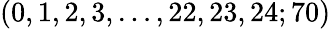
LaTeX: (0,1,2,3,\dots,22,23,24;70)